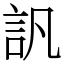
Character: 訉